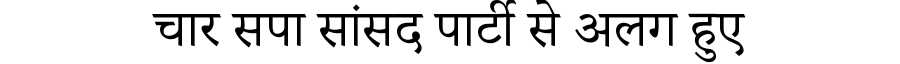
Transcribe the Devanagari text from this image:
चार सपा सांसद पार्टी से अलग हुए